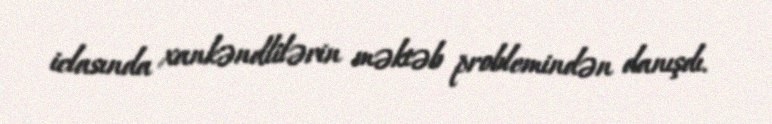
iclasında xankəndlilərin məktəb problemindən danışdı.